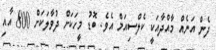
ދެން އަނެއް މާއްދާއަކީ ކެލްސިއަމް އެވެ. ބޮޑު މީހަކަށް ދުވާލަކަށް 800 އާއި